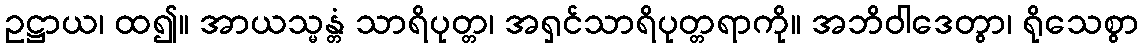
ဥဋ္ဌာယ၊ ထ၍။ အာယသ္မန္တံ သာရိပုတ္တ၊ အရှင်သာရိပုတ္တရာကို။ အဘိဝါဒေတွာ၊ ရိုသေစွာ